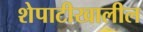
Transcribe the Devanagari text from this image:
शेपाटीखालील